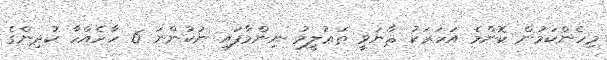
މިހެންކަމުން ކޮންމެ އަހަރަކު ޘާނަވީ ތަޢުލީމު ނިންމާފައި ނުކުންނަ 6 ހާހެއްހާ ކުދިންގެ